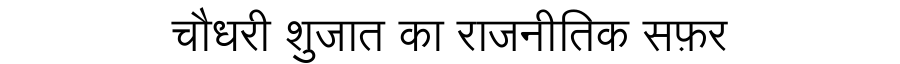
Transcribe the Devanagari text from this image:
चौधरी शुजात का राजनीतिक सफ़र